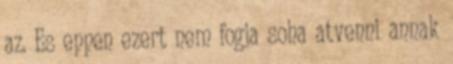
az. Es eppen ezert nem fogja soha atvenni annak